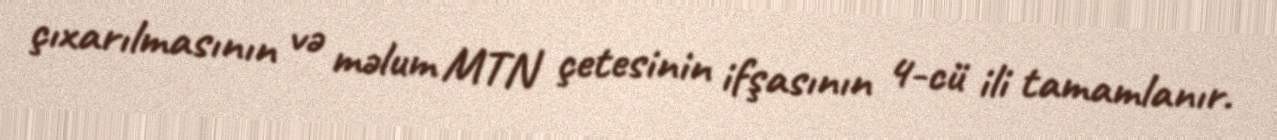
çıxarılmasının və məlum MTN çetesinin ifşasının 4-cü ili tamamlanır.